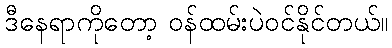
ဒီနေရာကိုတော့ ဝန်ထမ်းပဲဝင်နိုင်တယ်။